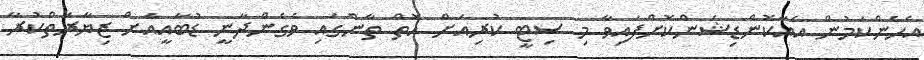
އެހެންކަމުން އެއާކޮންޑިޝަންކޮށްފައިވާ މި ސިޓީ ކުރިއަށް އޮތް ތާންގައި ވެގެންދާނީ ޑުބާއީއަށް ޒިޔާރަތްކުރާ